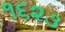
૧૬૨૩